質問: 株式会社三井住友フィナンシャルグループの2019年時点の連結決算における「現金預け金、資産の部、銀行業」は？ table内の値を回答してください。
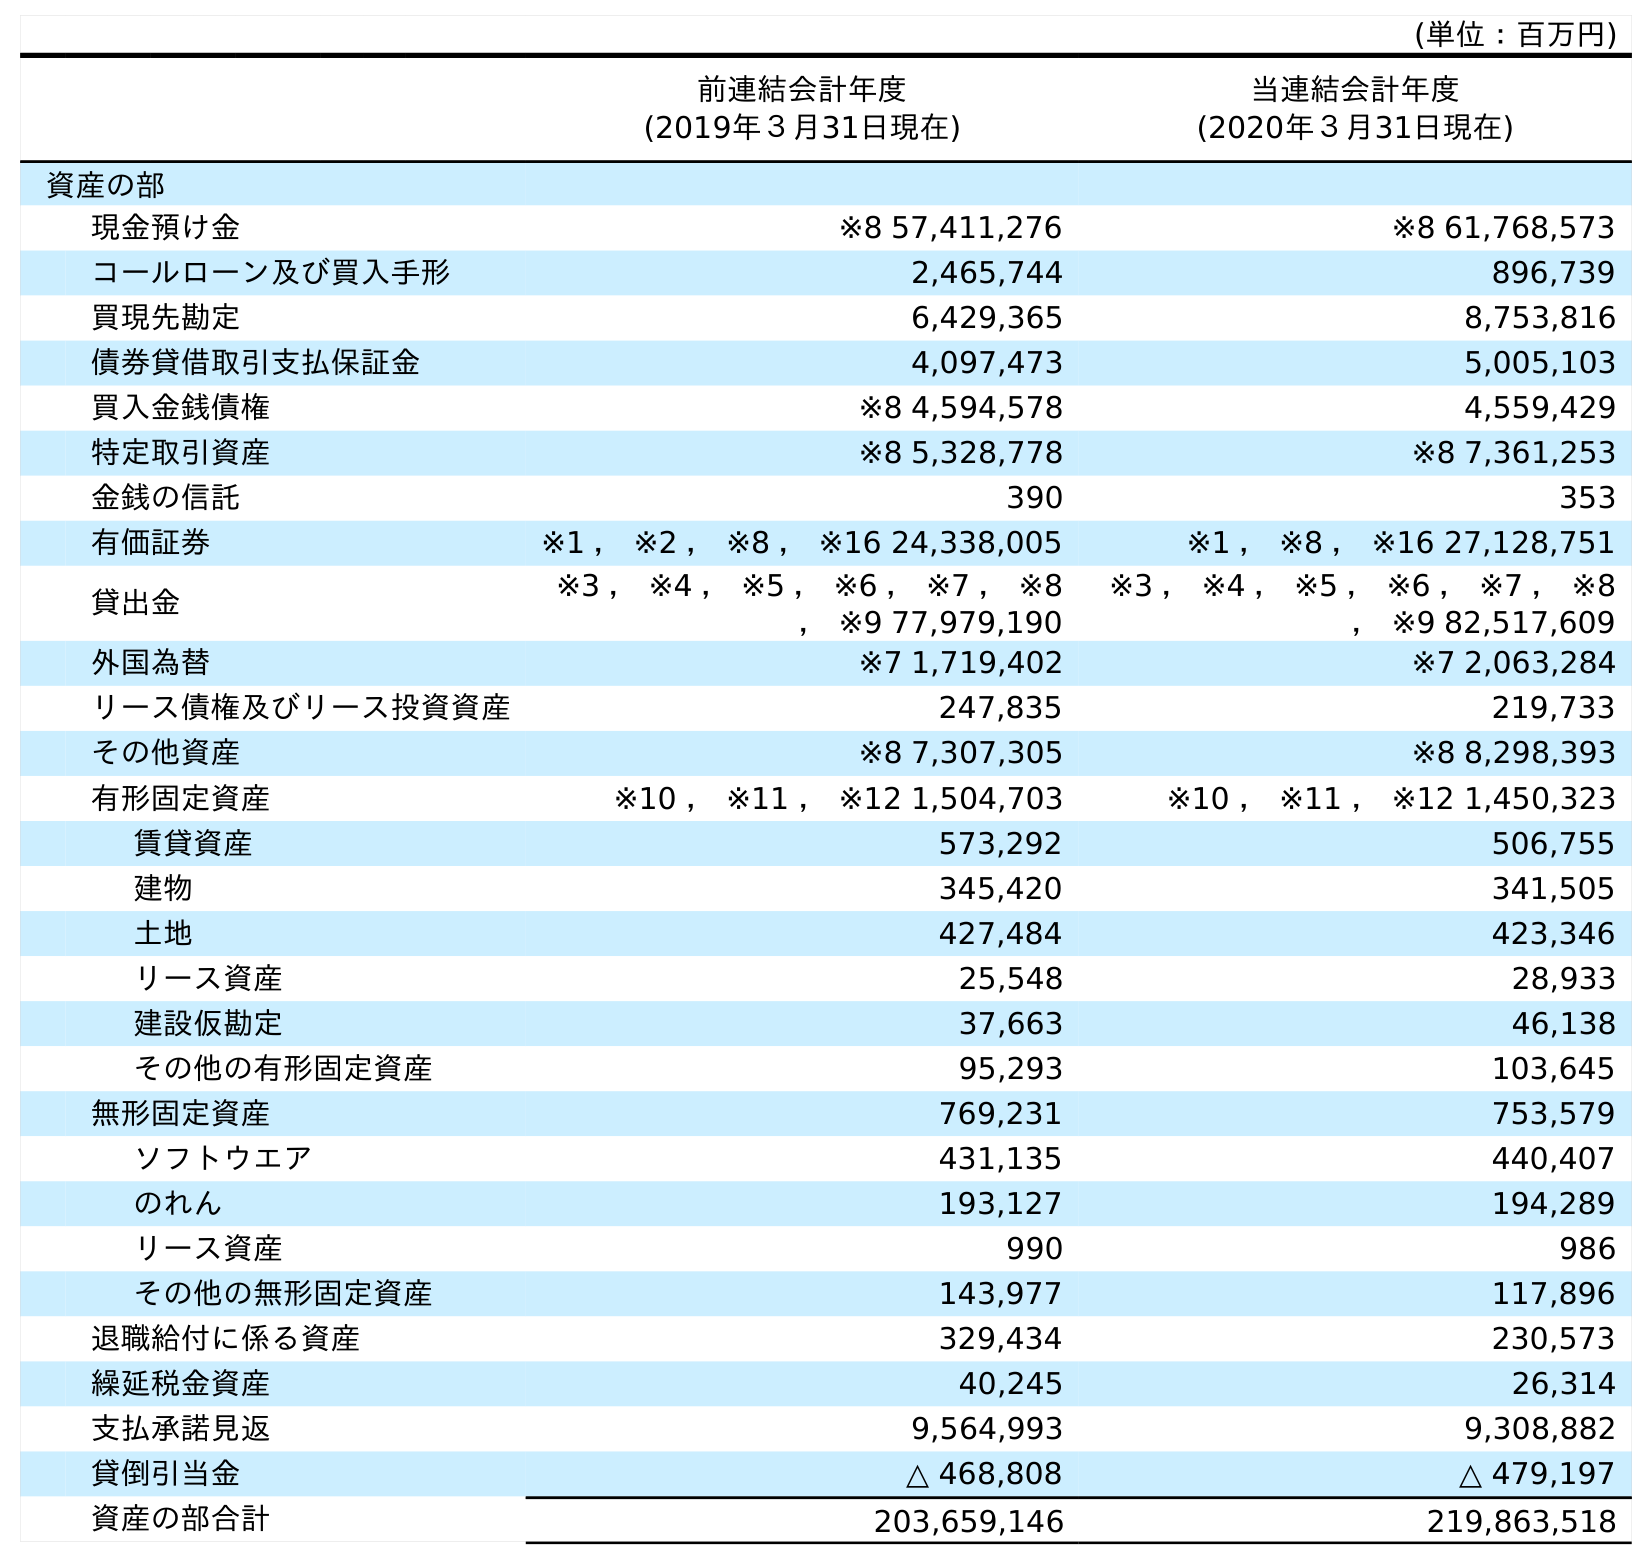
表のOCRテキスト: (単位：百万円) 前連結会計年度 (2019年３月31日現在) 当連結会計年度 (2020年３月31日現在) 資産の部 現金預け金 ※8 57,411,276 ※8 61,768,573 コールローン及び買入手形 2,465,744 896,739 買現先勘定 6,429,365 8,753,816 債券貸借取引支払保証金 4,097,473 5,005,103 買入金銭債権 ※8 4,594,578 4,559,429 特定取引資産 ※8 5,328,778 ※8 7,361,253 金銭の信託 390 353 有価証券 ※1 ， ※2 ， ※8 ， ※16 24,338,005 ※1 ， ※8 ， ※16 27,128,751 貸出金 ※3 ， ※4 ， ※5 ， ※6 ， ※7 ， ※8 ， ※9 77,979,190 ※3 ， ※4 ， ※5 ， ※6 ， ※7 ， ※8 ， ※9 82,517,609 外国為替 ※7 1,719,402 ※7 2,063,284 リース債権及びリース投資資産 247,835 219,733 その他資産 ※8 7,307,305 ※8 8,298,393 有形固定資産 ※10 ， ※11 ， ※12 1,504,703 ※10 ， ※11 ， ※12 1,450,323 賃貸資産 573,292 506,755 建物 345,420 341,505 土地 427,484 423,346 リース資産 25,548 28,933 建設仮勘定 37,663 46,138 その他の有形固定資産 95,293 103,645 無形固定資産 769,231 753,579 ソフトウエア 431,135 440,407 のれん 193,127 194,289 リース資産 990 986 その他の無形固定資産 143,977 117,896 退職給付に係る資産 329,434 230,573 繰延税金資産 40,245 26,314 支払承諾見返 9,564,993 9,308,882 貸倒引当金 △ 468,808 △ 479,197 資産の部合計 203,659,146 219,863,518
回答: ※857,411,276